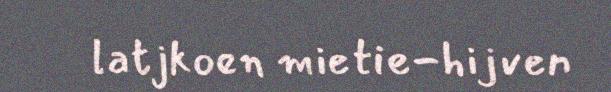
latjkoen mietie-hijven